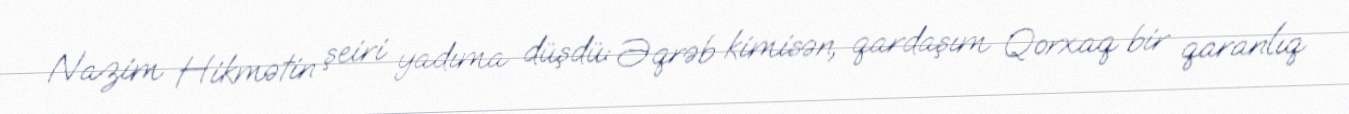
Nazim Hikmətin şeiri yadıma düşdü: Əqrəb kimisən, qardaşım Qorxaq bir qaranlıq